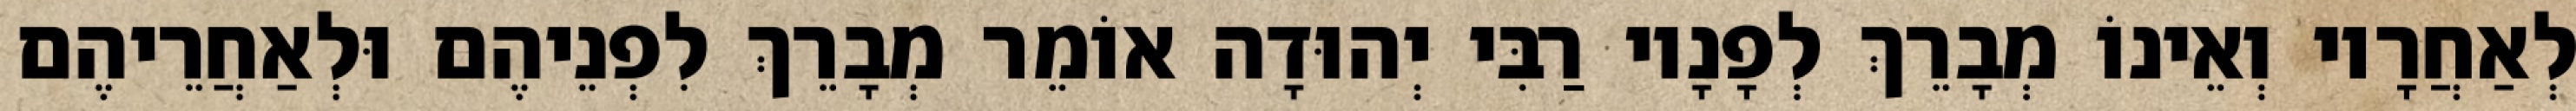
לְאַחֲרָיו וְאֵינוֹ מְבָרֵךְ לְפָנָיו רַבִּי יְהוּדָה אוֹמֵר מְבָרֵךְ לִפְנֵיהֶם וּלְאַחֲרֵיהֶם